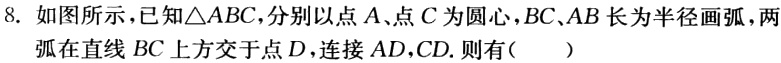
8. 如图所示，已知\(\triangle ABC\)，分别以点\(A\)、点\(C\)为圆心，\(BC\)、\(AB\)长为半径画弧，两弧在直线\(BC\)上方交于点\(D\)，连接\(AD\)，\(CD\)。则有（  ）